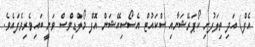
އެފް) އަދި ތިލަފުށި ކޯޕަރޭޝަނާއި ސްކައުޓް އެސޯސިއޭޝަން އޮފް މޯލްޑިވްސް ވަނީ ބައިވެރިވެފައެވެ.